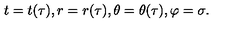
t = t ( \tau ) , r = r ( \tau ) , \theta = \theta ( \tau ) , \varphi = \sigma .